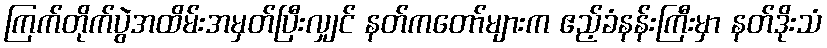
ကြက်တိုက်ပွဲအထိမ်းအမှတ်ပြီးလျှင် နတ်ကတော်များက ဧည့်ခံနန်းကြီးမှာ နတ်ဒိုးသံ